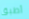
أطبق